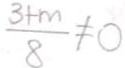
\frac { 3 + m } { 8 } \neq 0